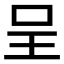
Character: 呈